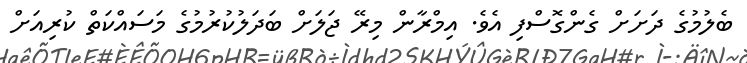
ބެލުމުގެ ދަށަށް ގެންގޮސްފި އެވެ. އިމްރާން މިރޭ ޖަލަށް ބަދަލުކުރުމުގެ މަސައްކަތް ކުރިއަށް